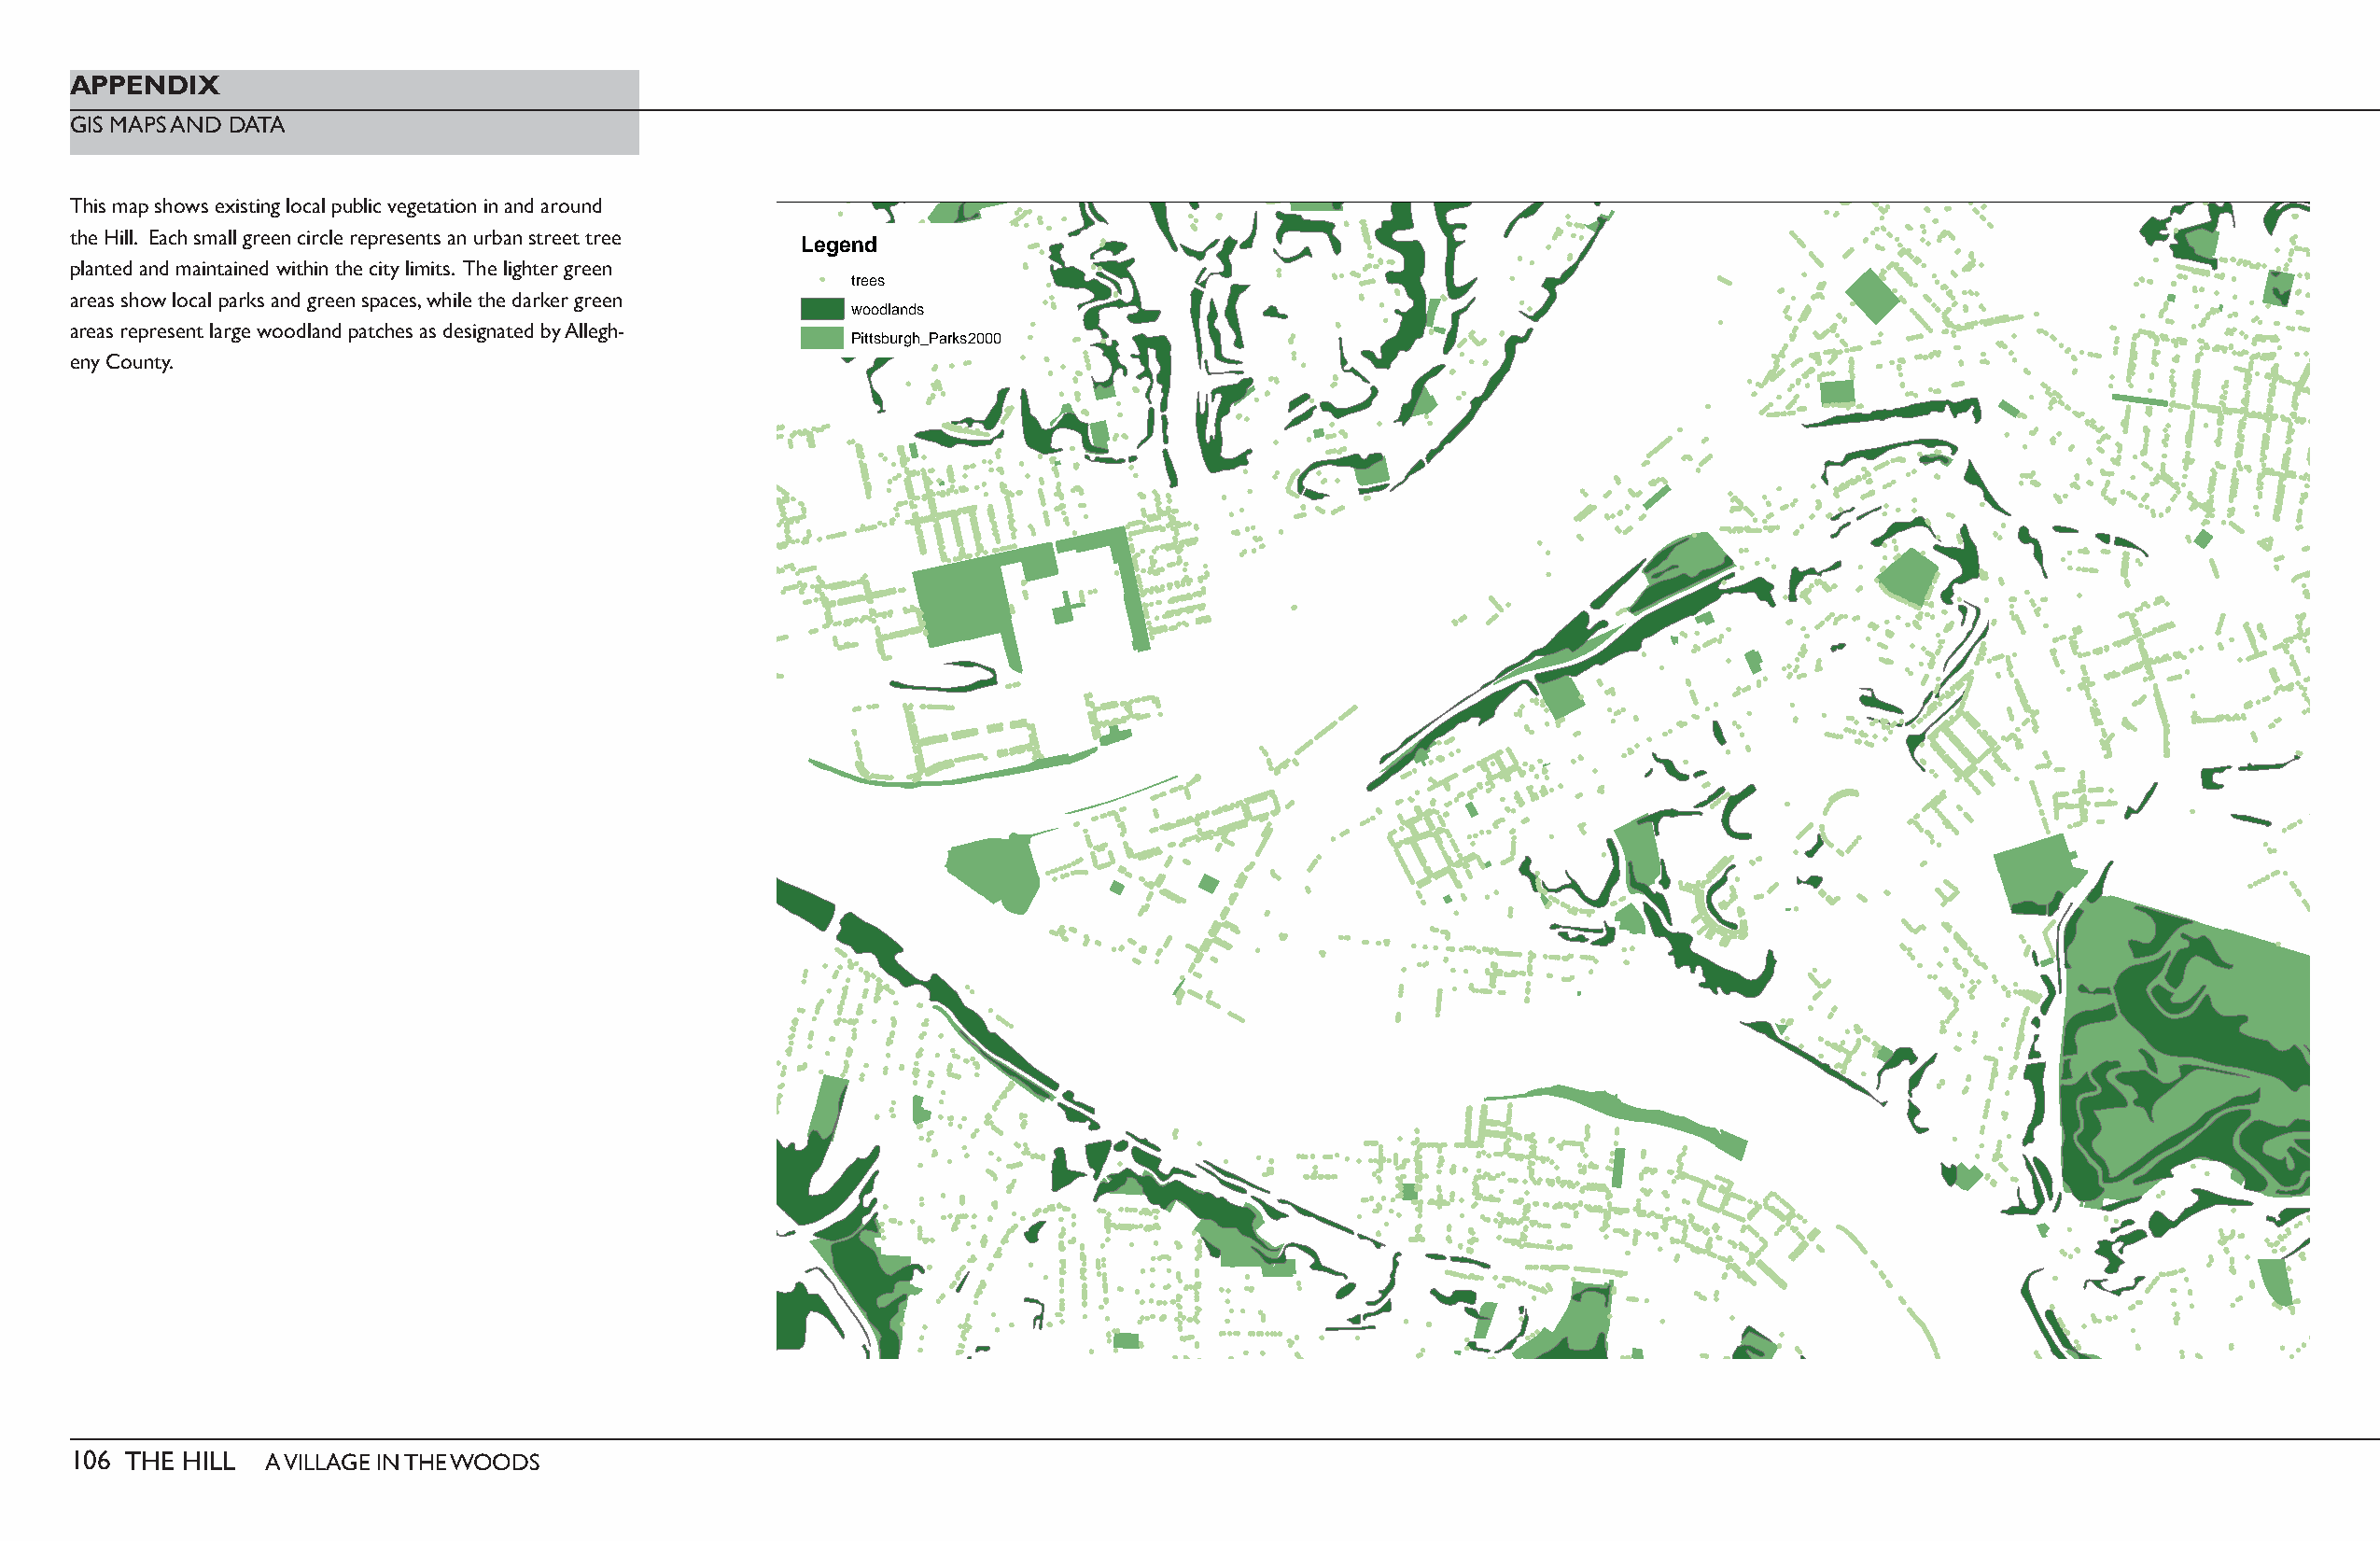
APPENDIX
 GIS MAPS AND DATA
 This map shows existing local public vegetation in and around
 the Hill. Each small green circle represents an urban street tree
 Legend
 planted and maintained within the city limits. The lighter green
 trees
 areas show local parks and green spaces, while the darker green
 woodlands
 areas represent large woodland patches as designated by Allegh-
 Pittsburgh_Parks2000
 eny County.
 106 THE HILL  A VILLAGE IN THE WOODS